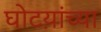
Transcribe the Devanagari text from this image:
घोटय़ांच्या